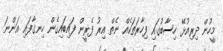
މީހުން ދިރިއުޅޭ ހިސާބުގައި ފިހާރަތަކެއް ނެތް އިރު ފެރީން ފައިބައިގެން ހިނގާފައި އަންނަ